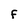
Character: F